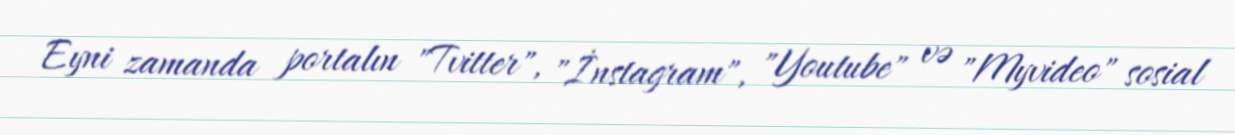
Eyni zamanda portalın "Tvitter", "İnstagram", "Youtube" və "Myvideo" sosial